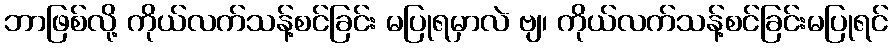
ဘာဖြစ်လို့ ကိုယ်လက်သန့်စင်ခြင်း မပြုရမှာလဲ ဗျ၊ ကိုယ်လက်သန့်စင်ခြင်းမပြုရင်